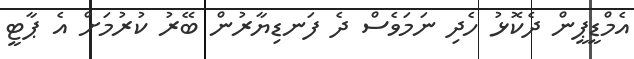
އެމްޑީޕީން ދެކޮޅު ހެދި ނަމަވެސް ދެ ފަނޑިޔާރުން ބޭރު ކުރުމަށް އެ ޕާޓީ